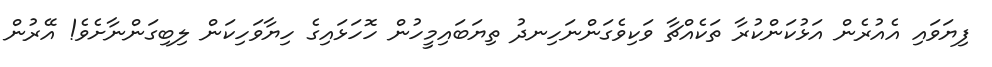
ފިޔަވައި އެއުރެން އަޅުކަންކުރާ ތަކެއްޗާ ވަކިވެގަންނަހިނދު ތިޔަބައިމީހުން ހޮހަޅައިގެ ހިޔާވަހިކަން ލިބިގަންނާށެވެ! އޭރުން